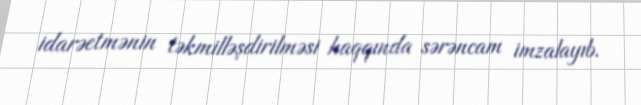
idarəetmənin təkmilləşdirilməsi haqqında sərəncam imzalayıb.